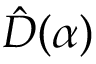
\hat { D } ( \alpha )